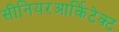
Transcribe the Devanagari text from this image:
सीनियरआर्किटेक्ट